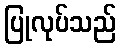
ပြုလုပ်သည်